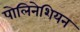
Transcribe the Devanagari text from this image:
पोलिनेशियन